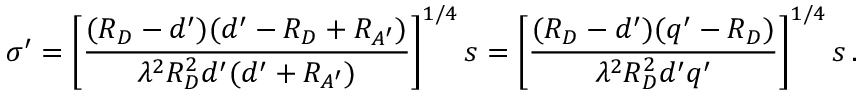
\boldsymbol \sigma ^ { \prime } = \left[ { \frac { ( R _ { D } - d ^ { \prime } ) ( d ^ { \prime } - R _ { D } + R _ { A ^ { \prime } } ) } { \lambda ^ { 2 } R _ { D } ^ { 2 } d ^ { \prime } ( d ^ { \prime } + R _ { A ^ { \prime } } ) } } \right] ^ { 1 / 4 } \boldsymbol s = \left[ { \frac { ( R _ { D } - d ^ { \prime } ) ( q ^ { \prime } - R _ { D } ) } { \lambda ^ { 2 } R _ { D } ^ { 2 } d ^ { \prime } q ^ { \prime } } } \right] ^ { 1 / 4 } \boldsymbol s \, .